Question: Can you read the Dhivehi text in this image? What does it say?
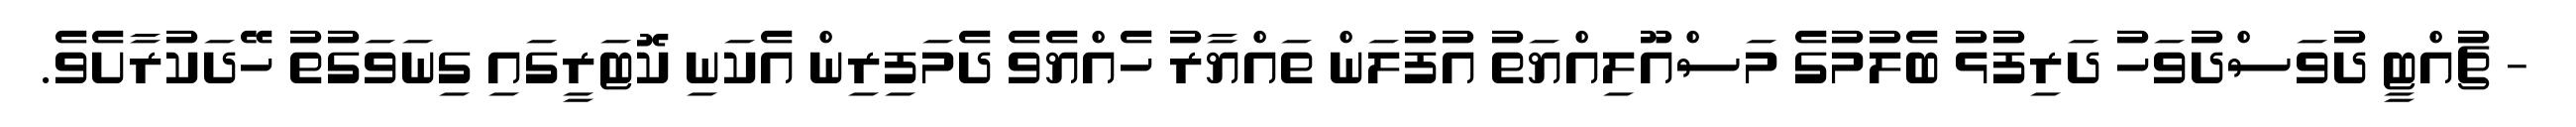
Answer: - ޗުއްޓީ ދުވަސްދުވަހު ދަރިފުޅު ބެލުމުގެ މަސްއޫލިއްޔަތު އުފުލަން ތައްޔާރު ހެއްޔެވެ ދެމަފިރިން އެކަނި ކޮޓަރީގައި ގިނަވަގުތު ހޭދަކުރާށެވެ.